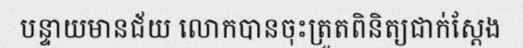
បន្ទាយមានជ័យ លោកបានចុះត្រួតពិនិត្យជាក់ស្តែង